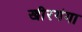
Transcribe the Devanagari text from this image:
खीरगंगा